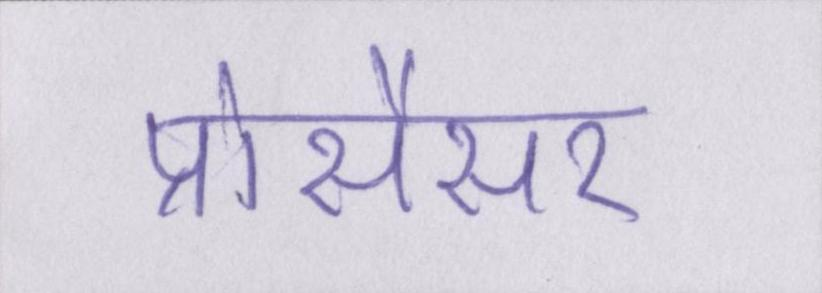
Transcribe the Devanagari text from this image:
प्रोसैसर